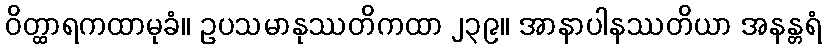
ဝိတ္ထာရကထာမုခံ။ ဥပသမာနုဿတိကထာ ၂၃၉။ အာနာပါနဿတိယာ အနန္တရံ